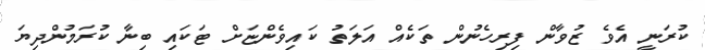
ކުރަނީ އެވެ ޒުވާން ފިރިހެނުން ތަކެއް އަލަތު ކައިވެންޏަށް ޓަކައި ބިނާ ކުރަމުންދިޔަ